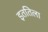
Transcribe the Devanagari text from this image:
इततिला